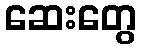
ဆေးတွေ